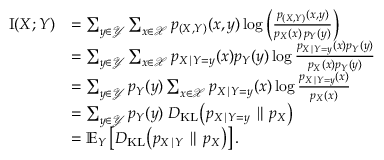
{ \begin{array} { r l } { \operatorname { I } ( X ; Y ) } & { = \sum _ { y \in { \mathcal { Y } } } \sum _ { x \in { \mathcal { X } } } { p _ { ( X , Y ) } ( x , y ) \log \left( { \frac { p _ { ( X , Y ) } ( x , y ) } { p _ { X } ( x ) \, p _ { Y } ( y ) } } \right) } } \\ & { = \sum _ { y \in { \mathcal { Y } } } \sum _ { x \in { \mathcal { X } } } p _ { X \mid Y = y } ( x ) p _ { Y } ( y ) \log { \frac { p _ { X \mid Y = y } ( x ) p _ { Y } ( y ) } { p _ { X } ( x ) p _ { Y } ( y ) } } } \\ & { = \sum _ { y \in { \mathcal { Y } } } p _ { Y } ( y ) \sum _ { x \in { \mathcal { X } } } p _ { X \mid Y = y } ( x ) \log { \frac { p _ { X \mid Y = y } ( x ) } { p _ { X } ( x ) } } } \\ & { = \sum _ { y \in { \mathcal { Y } } } p _ { Y } ( y ) \; D _ { \mathrm { K L } } \! \left( p _ { X \mid Y = y } \parallel p _ { X } \right) } \\ & { = \mathbb { E } _ { Y } \left[ D _ { \mathrm { K L } } \! \left( p _ { X \mid Y } \parallel p _ { X } \right) \right] . } \end{array} }